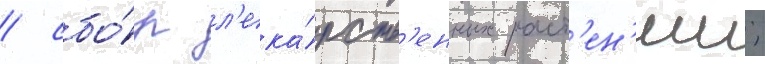
/ сбо́р л'ека́рств'енных раст'ен'ии;